Civil Veterinary Dept. Assam report 1911-1927 - 1911-1927
Year: 1911
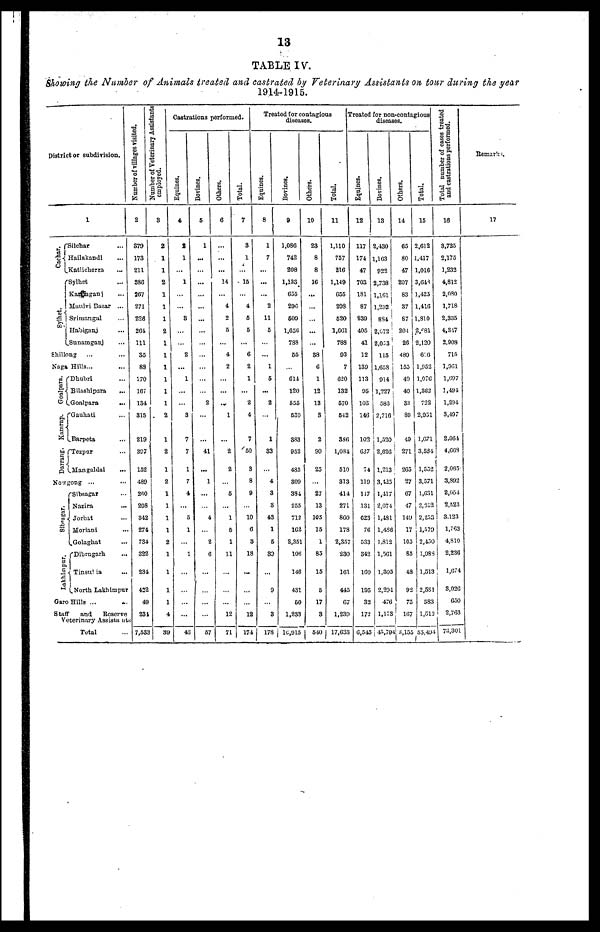
13
TABLE IV.
Showing the Number of Animals treated and casbrated by Veterinary Assistants on tour during the year
1914-1915.
District or subdivision.
1
Cachar.
Sylhet.
Silchar ...
Hailakandi ...
Katlicherra
...
Sylhet ...
Kawmganj
...
Maulvi Bazar ...
Srimangal ...
Habiganj ...
Sunamganj ...
Shillong ... ...
Naga
Goalpara.
Kamrup.
Darrang.
Hills...
Dhubri ...
Bilashipara
...
Goalpara
...
Gauhati ...
Barpeta ...
Tezpur ...
Mangaldai
...
Nowgong ... ...
Si bsagar .
Lakhimpur.
Sibsagar ...
Nazira
...
Jorhat
...
Moriani
Golaghat ...
Dibrugarh
...
Tinsutia ...
North Lakhimpur
Garo Hills ... ...
Staff
and Reserve
Veterinary Assistants
Total ...
Number
of villages visited.
2
370
173
211
386
267
271
226
261
111
35
88
170
167
184
815
219
307
152
480
260
208
342
274
784
322
234
432
49
234
7,583
Number of Veterinary Asslstanti
employed.
3
2
1
1
2
1
1
1
1
1
1
1
1
1
1
1
1
1
1
1
1
1
1
1
1
1
1
1
1
4
39
Castrations performed.
Equines.
4
2
1
...
1
...
...
8
...
...
2
...
1
...
...
3
7
7
1
7
4
...
5
1
...
1
...
...
...
...
40
Bovines.
5
1
...
...
...
...
...
...
...
...
...
...
...
...
2
...
...
41
...
1
...
...
4
...
2
6
...
...
...
...
57
Others.
6
...
...
...
14
...
4
2
5
...
4
2
...
...
...
1
...
2
2
...
5
...
1
5
1
11
...
...
...
12
71
Total.
7
3
1
...
15
...
4
5
5
...
6
2
1
...
2
4
1
50
3
8
9
...
10
6
3
18
...
...
...
12
174
Treated for contagions
diseases.
Equines.
8
1
7
...
...
...
2
11
5
...
...
1
5
...
2
...
1
83
...
4
3
3
43
1
5
89
...
9
...
3
178
Bovines.
9
1,086
742
208
1,133
655
200
500
1,656
788
55
...
614
120
555
539
383
952
435
809
384
255
712
162
2,351
106
146
431
60
1,233
10,915
Others.
10
23
8
8
16
...
...
...
...
...
38
6
1
12
13
3
2
90
25
...
27
13
105
15
1
85
15
5
17
3
540
Total.
11
1,110
757
216
1,149
655
298
520
1,661
788
93
7
620
132
570
542
836
1,084
510
313
414
271
860
178
2,357
230
161
445
67
1,239
17,633
Treated for non-contagious
diseases.
Equines.
12
117
174
47
703
181
87
839
405
41
12
139
113
95
103
146
102
637
74
119
117
131
623
76
533
342
160
195
32
172
6,545
Bovines.
13
2,430
1,163
922
2,738
1,161
1,292
834
2,072
2,053
115
1,658
914
1,227
586
2,716
1,520
2,626
1,213
3,425
1,117
2,074
1,481
1,486
1,812
1,561
1,305
2,294
476
1,173
45,794
Others.
14
65
80
47
207
83
37
87
204
26
480
155
49
40
33
80
40
271
265
27
67
47
149
17
105
85
48
92
75
167
3,155
Total.
15
2,612
1,417
1,016
3,648
1,425
1,416
1,810
2,681
2,120
6:6
1,952
1,076
1,362
722
2,051
1,671
3,534
1,552
3,571
1,631
2,252
2,2.13
1,579
2,430
1,083
1,513
2,581
583
1,512
55,494
J
Total number of cases treated
and castrations performed.
16
3,725
2,175
1,232
4,812
2,080
1,718
2,335
4,347
2,908
715
1,001
1,697
1,494
1,204
3,497
2,064
4,668
2,065
3,892
2,054
2,523
3,123
1,763
4,810
2,236
1,674
8,026
650
2,763
73,301
Remarks.
17